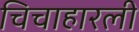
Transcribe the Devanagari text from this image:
चिचाहारली